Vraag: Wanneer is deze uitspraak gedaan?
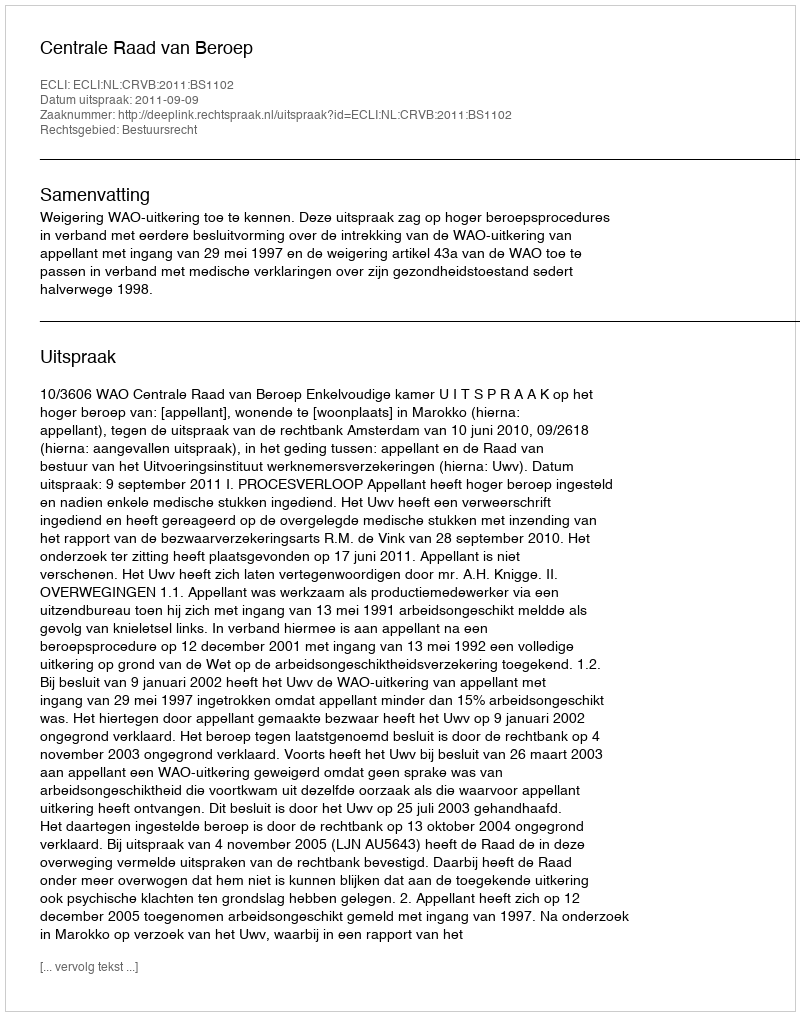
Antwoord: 2011-09-09